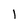
Character: 1